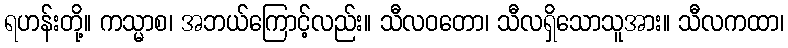
ရဟန်းတို့။ ကသ္မာစ၊ အဘယ်ကြောင့်လည်း။ သီလဝတော၊ သီလရှိသောသူအား။ သီလကထာ၊